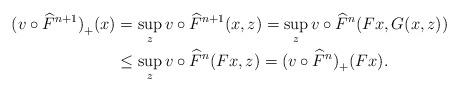
LaTeX: \begin{align*} {(v\circ \widehat F^{n+1})}_+(x) & =\sup_z v\circ \widehat F^{n+1}(x,z)=\sup_z v\circ \widehat F^n(Fx,G(x,z))\\ & \le \sup_z v\circ \widehat F^n(Fx,z)={(v\circ \widehat F^n)}_+(Fx).\end{align*}